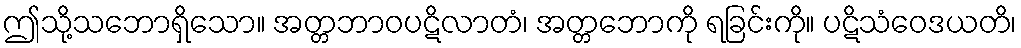
ဤသို့သဘောရှိသော။ အတ္တဘာဝပဋိလာတံ၊ အတ္တဘောကို ရခြင်းကို။ ပဋိသံဝေဒယတိ၊